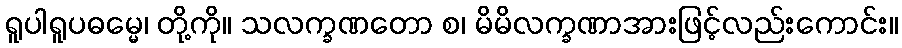
ရူပါရူပဓမ္မေ၊ တို့ကို။ သလက္ခဏတော စ၊ မိမိလက္ခဏာအားဖြင့်လည်းကောင်း။